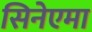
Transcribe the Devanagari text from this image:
सिनेएमा